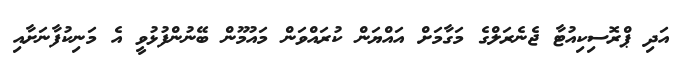
އަދި ޕްރޮސިކިއުޓާ ޖެނެރަލްގެ މަގާމަށް އައްޔަން ކުރައްވަން މައުމޫން ބޭނުންފުޅުވީ އެ މަނިކުފާނަށާއި